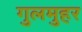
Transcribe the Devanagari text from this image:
गुलमुहर